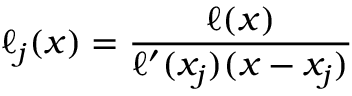
\ell _ { j } ( x ) = { \frac { \ell ( x ) } { \ell ^ { \prime } ( x _ { j } ) ( x - x _ { j } ) } }